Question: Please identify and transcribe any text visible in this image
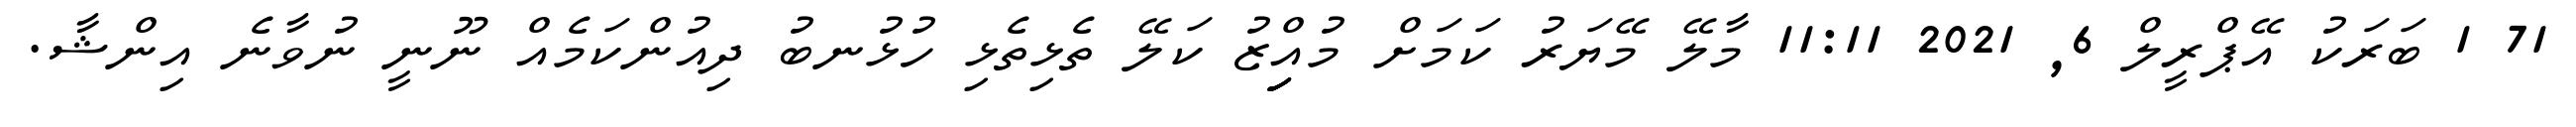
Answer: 71 1 ބަރަކު އޭޕްރީލް 6, 2021 11:11 މާލޭ މޭޔަރު ކަމަށް މުއިިިިިްޒު ކަލޭ ތެޅިތެޅި ހުޅުނބު ދިއުންކަމެއް ނޫނީ ނުވާނެ އިންޝާ.